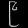
Digit: ၉